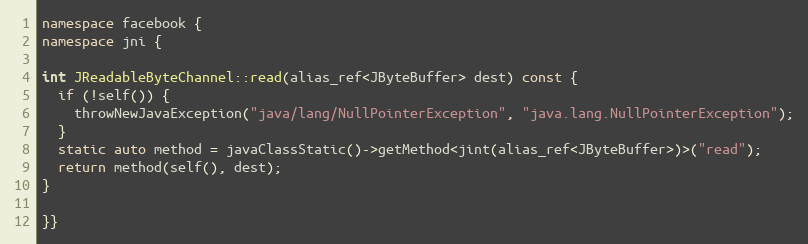
Language: C++
namespace facebook {
namespace jni {

int JReadableByteChannel::read(alias_ref<JByteBuffer> dest) const {
  if (!self()) {
    throwNewJavaException("java/lang/NullPointerException", "java.lang.NullPointerException");
  }
  static auto method = javaClassStatic()->getMethod<jint(alias_ref<JByteBuffer>)>("read");
  return method(self(), dest);
}

}}